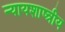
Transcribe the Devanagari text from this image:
न्यायशाष्त्रीय